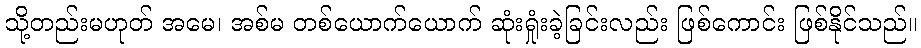
သို့တည်းမဟုတ် အမေ၊ အစ်မ တစ်ယောက်ယောက် ဆုံးရှုံးခဲ့ခြင်းလည်း ဖြစ်ကောင်း ဖြစ်နိုင်သည်။